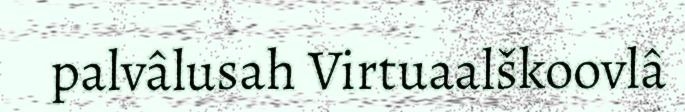
palvâlusah Virtuaalškoovlâ